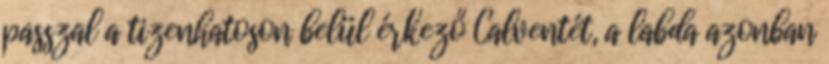
passzal a tizenhatoson belül érkező Calventét, a labda azonban